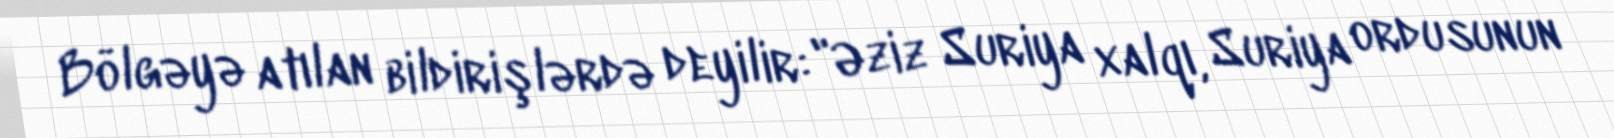
Bölgəyə atılan bildirişlərdə deyilir: "Əziz Suriya xalqı, Suriya ordusunun